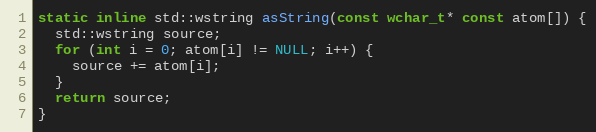
Language: C
static inline std::wstring asString(const wchar_t* const atom[]) {
  std::wstring source;
  for (int i = 0; atom[i] != NULL; i++) {
    source += atom[i];
  }
  return source;
}